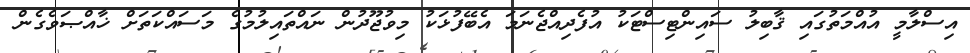
އިސްލާމީ އުއްމަތުގައި ޤާބިލު ސައިންޓިސްޓަކު އުފެދިއްޖެނަމަ އެބޭފުޅަކު މިވުޖޫދުން ނައްތައިލުމުގެ މަސައްކަތަށް ޚާއްޞަވެގެން